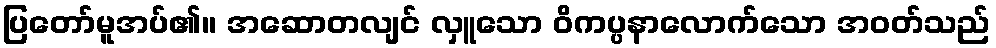
ပြတော်မူအပ်၏။ အဆောတလျင် လှူသော ဝိကပ္ပနာလောက်သော အဝတ်သည်